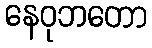
နေဝုဘတော